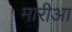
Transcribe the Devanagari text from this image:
मारीआ